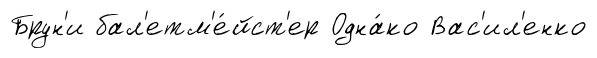
Брун'и бал'етм'е́йст'ер Одна́ко Вас'ил'енко